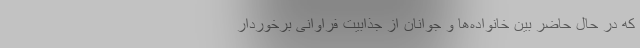
که در حال حاضر بین خانواده‌ها و جوانان از جذابیت فراوانی برخوردار